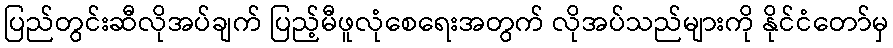
ပြည်တွင်းဆီလိုအပ်ချက် ပြည့်မီဖူလုံစေရေးအတွက် လိုအပ်သည်များကို နိုင်ငံတော်မှ